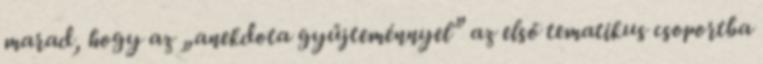
marad, hogy az „anekdota gyűjteménnyel” az első tematikus csoportba